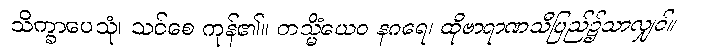
သိက္ခာပေသုံ၊ သင်စေ ကုန်၏။ တသ္မိံယေဝ နဂရေ၊ ထိုဗာရာဏသီပြည်၌သာလျှင်။